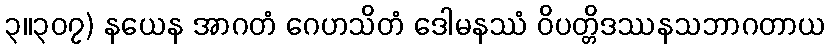
၃။၃၀၇) နယေန အာဂတံ ဂေဟသိတံ ဒေါမနဿံ ဝိပတ္တိဒဿနသဘာဂတာယ